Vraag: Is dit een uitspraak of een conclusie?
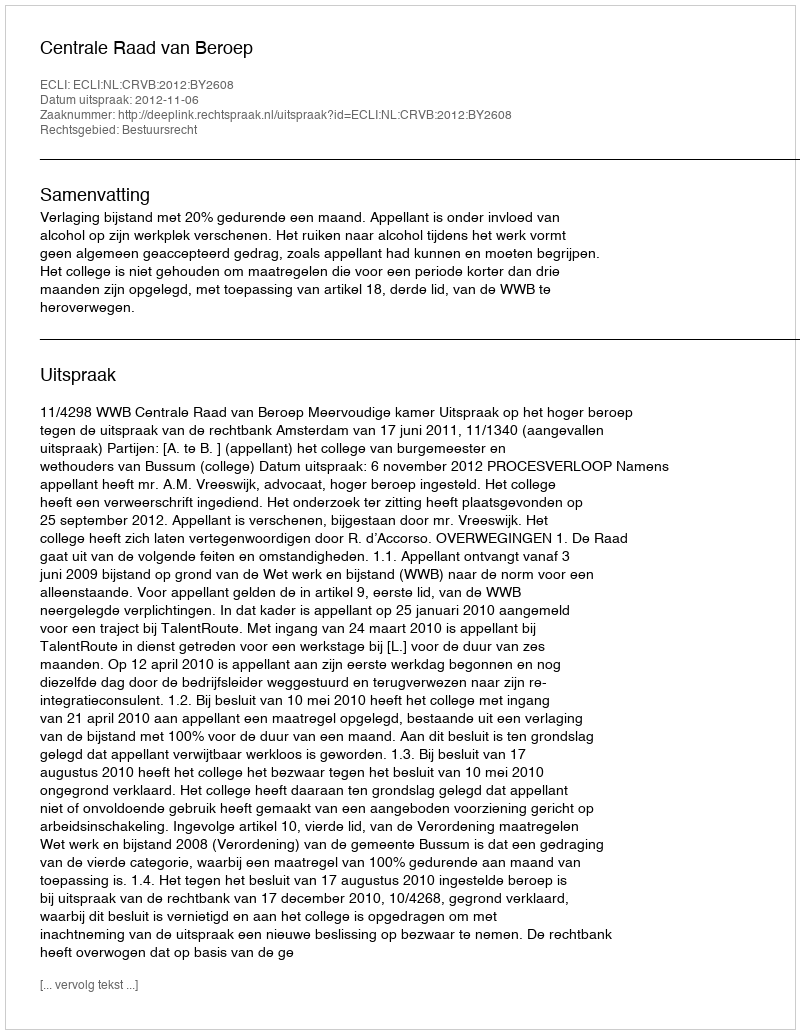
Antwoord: Uitspraak